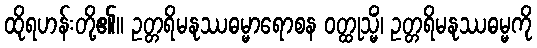
ထိုရဟန်းတို့၏။ ဥတ္တရိမနုဿဓမ္မာရောစန ဝတ္ထုသ္မိံ၊ ဥတ္တရိမနုဿဓမ္မကို